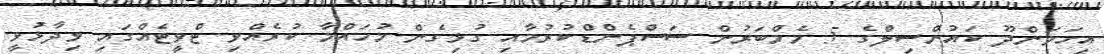
އިހަވަންދޫ ކައުންސިލްގެ 5 މެމްބަރުން ސަސްޕެންޑްކުރުމާއި ގުޅިގެން މުހައްމާ ކުރެއްވި ޓްވީޓެއްގައި ވިދާޅުވީ